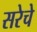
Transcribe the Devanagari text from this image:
सरेचे